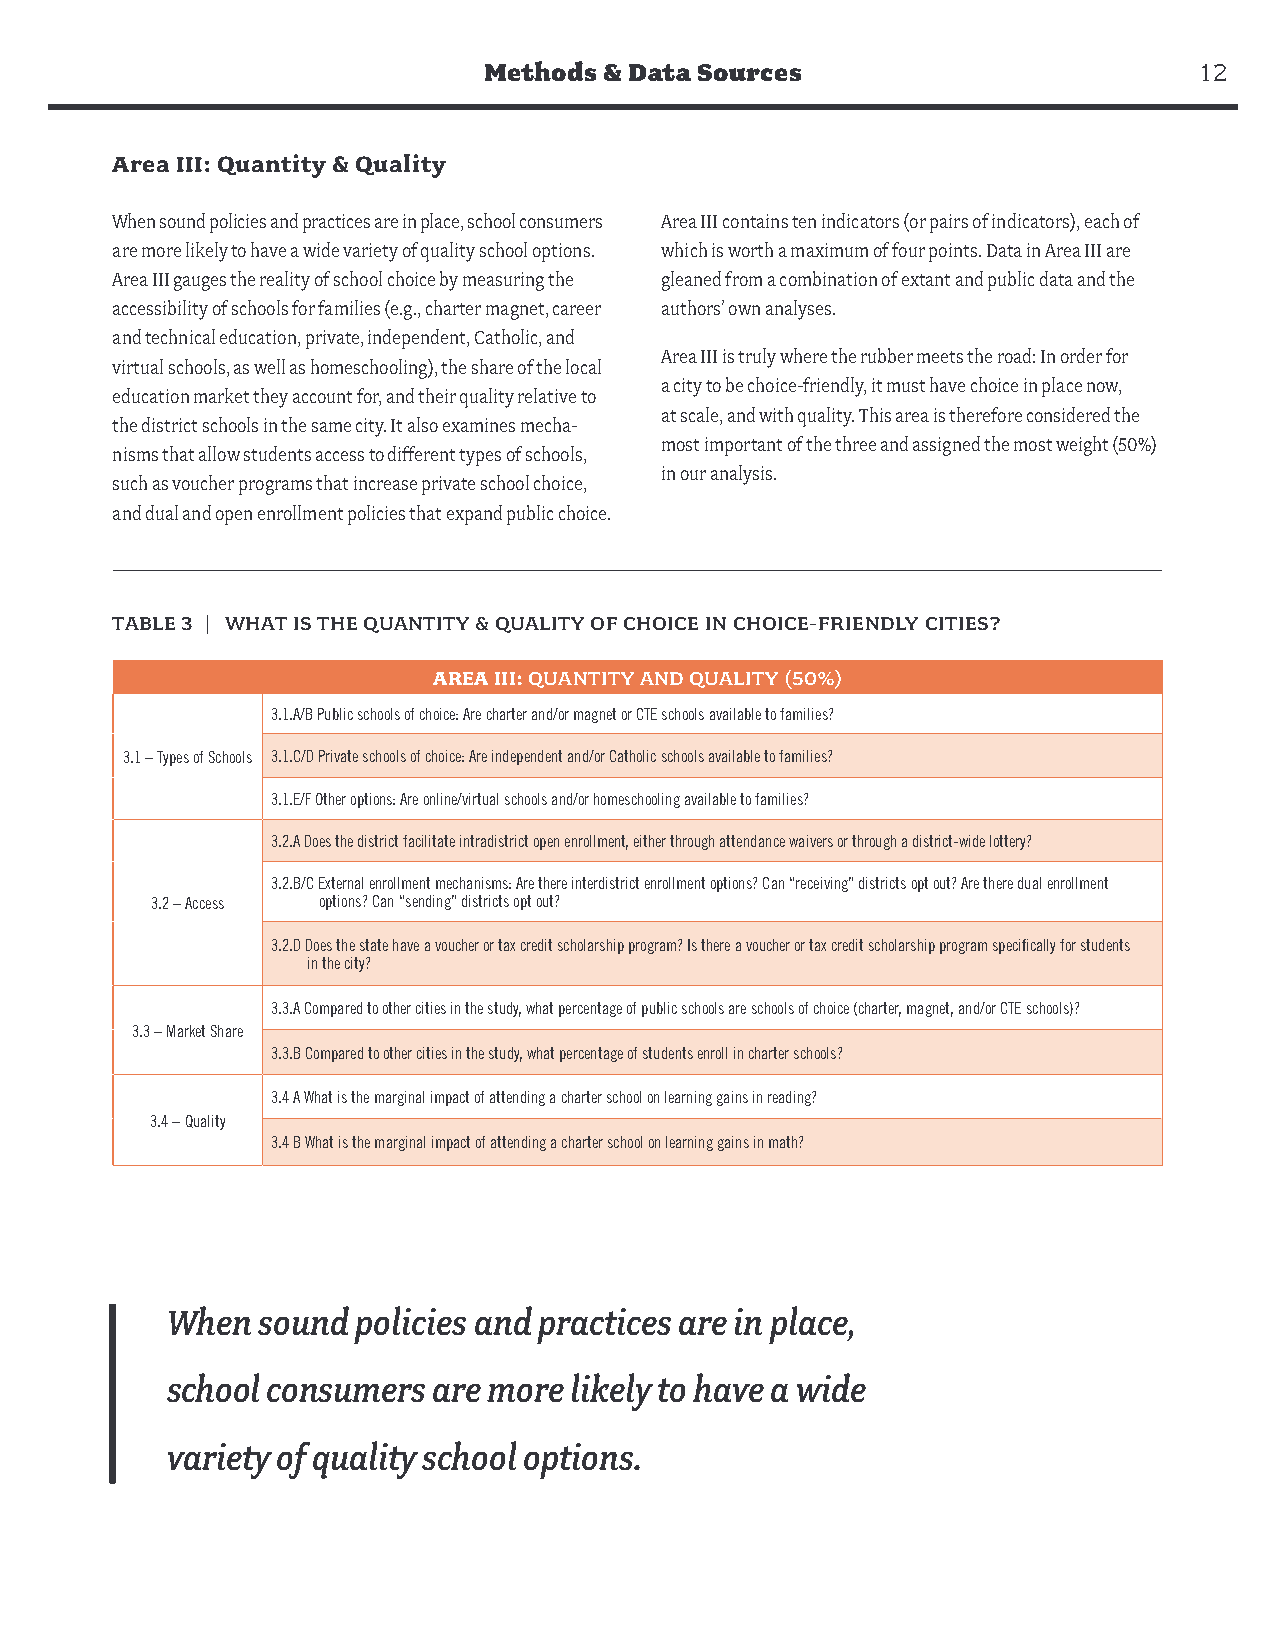
Methods & Data Sources                         12
 Area III: Quantity & Quality
 When sound policies and practices are in place, school consumers Area III contains ten indicators (or pairs of indicators), each of
 are more likely to have a wide variety of quality school options. which is worth a maximum of four points. Data in Area III are
 Area III gauges the reality of school choice by measuring the gleaned from a combination of extant and public data and the
 accessibility of schools for families (e.g., charter magnet, career authors’ own analyses.
 and technical education, private, independent, Catholic, and
 Area III is truly where the rubber meets the road: In order for
 virtual schools, as well as homeschooling), the share of the local
 a city to be choice-friendly, it must have choice in place now,
 education market they account for, and their quality relative to
 at scale, and with quality. This area is therefore considered the
 the district schools in the same city. It also examines mecha-
 most important of the three and assigned the most weight (50%)
 nisms that allow students access to different types of schools,
 in our analysis.
 such as voucher programs that increase private school choice,
 and dual and open enrollment policies that expand public choice.
 TABLE 3 | WHAT IS THE QUANTITY & QUALITY OF CHOICE IN CHOICE-FRIENDLY CITIES?
 AREA III: QUANTITY AND QUALITY (50%)
 3.1.A/B Public schools of choice: Are charter and/or magnet or CTE schools available to families?
 3.1 – Types of Schools 3.1.C/D Private schools of choice: Are independent and/or Catholic schools available to families?
 3.1.E/F Other options: Are online/virtual schools and/or homeschooling available to families?
 3.2.A Does the district facilitate intradistrict open enrollment, either through attendance waivers or through a district-wide lottery?
 3.2.B/C External enrollment mechanisms: Are there interdistrict enrollment options? Can “receiving” districts opt out? Are there dual enrollment
 3.2 – Access options? Can “sending” districts opt out?
 3.2.D Does the state have a voucher or tax credit scholarship program? Is there a voucher or tax credit scholarship program specifically for students
 in the city?
 3.3.A Compared to other cities in the study, what percentage of public schools are schools of choice (charter, magnet, and/or CTE schools)?
 3.3 – Market Share
 3.3.B Compared to other cities in the study, what percentage of students enroll in charter schools?
 3.4 A What is the marginal impact of attending a charter school on learning gains in reading?
 3.4 – Quality
 3.4 B What is the marginal impact of attending a charter school on learning gains in math?
 When  sound  policies and practices are in place,
 school consumers  are more likely to have a wide
 variety of quality school options.